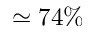
\simeq 7 4 \%